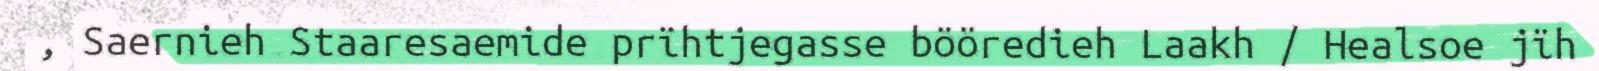
, Saernieh Staaresaemide prïhtjegasse bööredieh Laakh / Healsoe jïh